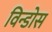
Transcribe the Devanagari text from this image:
विन्डोस